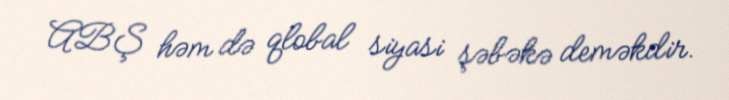
ABŞ həm də qlobal siyasi şəbəkə deməkdir.